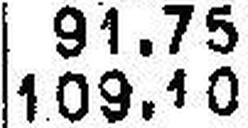
109.10